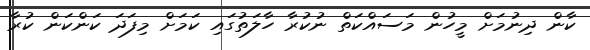
ކާން ދިނުމަށް މީހުން މަސައްކަތް ނުކުރާ ހާލަތުގައި ކަމަށް މިފަދަ ކަންކަން ކުރާ